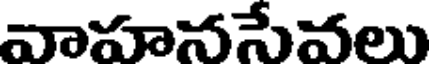
వాహనసేవలు